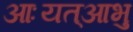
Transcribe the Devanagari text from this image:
आःयत्आभु